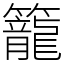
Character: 籠